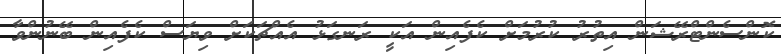
ކޮންސެންޓްރޭޝަން އިތުރު ކުރުމަށް ކެފެއިން އަކީ ރަނގަޅު އެއްޗަކަށް ވިޔަސް ކެފެއިން ބޭނުންވާ